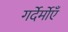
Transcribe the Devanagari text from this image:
गर्देर्मोएँ